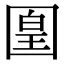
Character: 𡈁